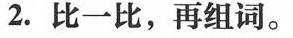
2. 比一比，再组词。